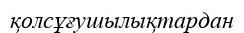
қолсұғушылықтардан